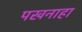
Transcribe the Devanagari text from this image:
पखनाहा